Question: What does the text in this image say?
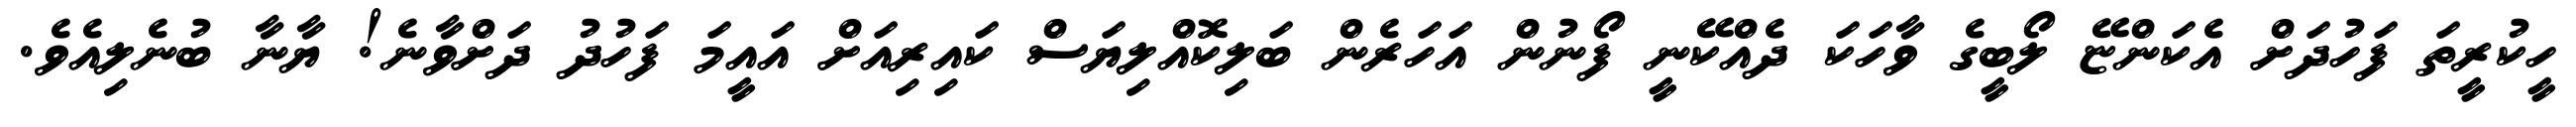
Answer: ހީކުރީތަ ފަހުދަށް އެކަންޏޭ ލޯބީގެ ވާހަކަ ދެއްކޭނީ ފޯނުން އަހަރެން ބަލިކޮއްލިޔަސް ކައިރިއަށް އައީމަ ފަހުދު ދަށްވާނެ! ޔާނާ ބުނެލިއެވެ.